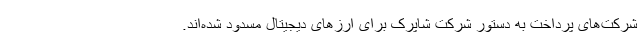
شرکت‌های پرداخت به دستور شرکت شاپرک برای ارزهای دیجیتال مسدود شده‌اند.